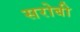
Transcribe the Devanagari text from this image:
सरोबी